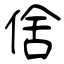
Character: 倽